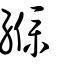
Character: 纀